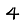
Digit: 4